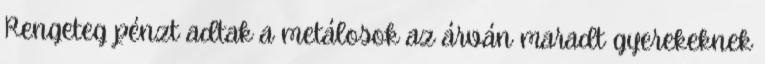
Rengeteg pénzt adtak a metálosok az árván maradt gyerekeknek